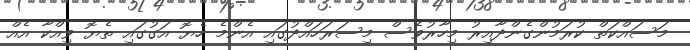
މަސައްކަތް ކުރަމުންގެންދާއިރު މިހާރުވެސް މިސަރަހައްދުގައި އެންމެ ހެޔޮ އަގުގައި ތެޔޮ ވިއްކާ އެއް